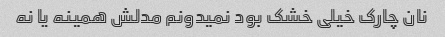
نان چارک خیلی خشک بود نمیدونم مدلش همینه یا نه